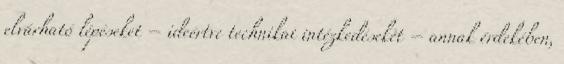
elvárható lépéseket – ideértve technikai intézkedéseket – annak érdekében,